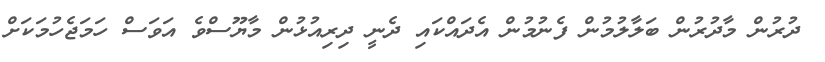
ދުރުން މާދުރުން ބަލާލުމުން ފެނުމުން އެދައްކައި ދެނީ ދިރިއުޅުން މާޔޫސްވެ އަވަސް ހަމަޖެހުމަކަށް